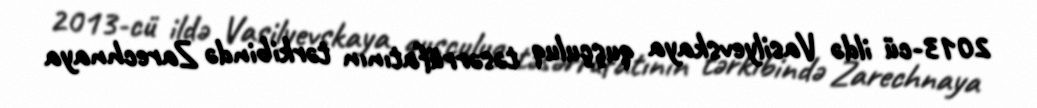
2013-cü ildə Vasilyevskaya quşçuluq təsərrüfatının tərkibində Zarechnaya